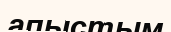
апыстым